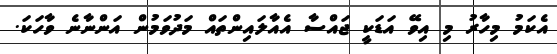
އެކަމު މިހާރު މި އިވޭ އަޑަކީ ޖައްސާ އެއާލައިންތައް މަދުވަމުން އަންނާނެ ވާހަކަ.